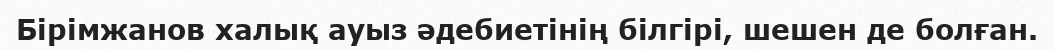
Бірімжанов халық ауыз әдебиетінің білгірі, шешен де болған.